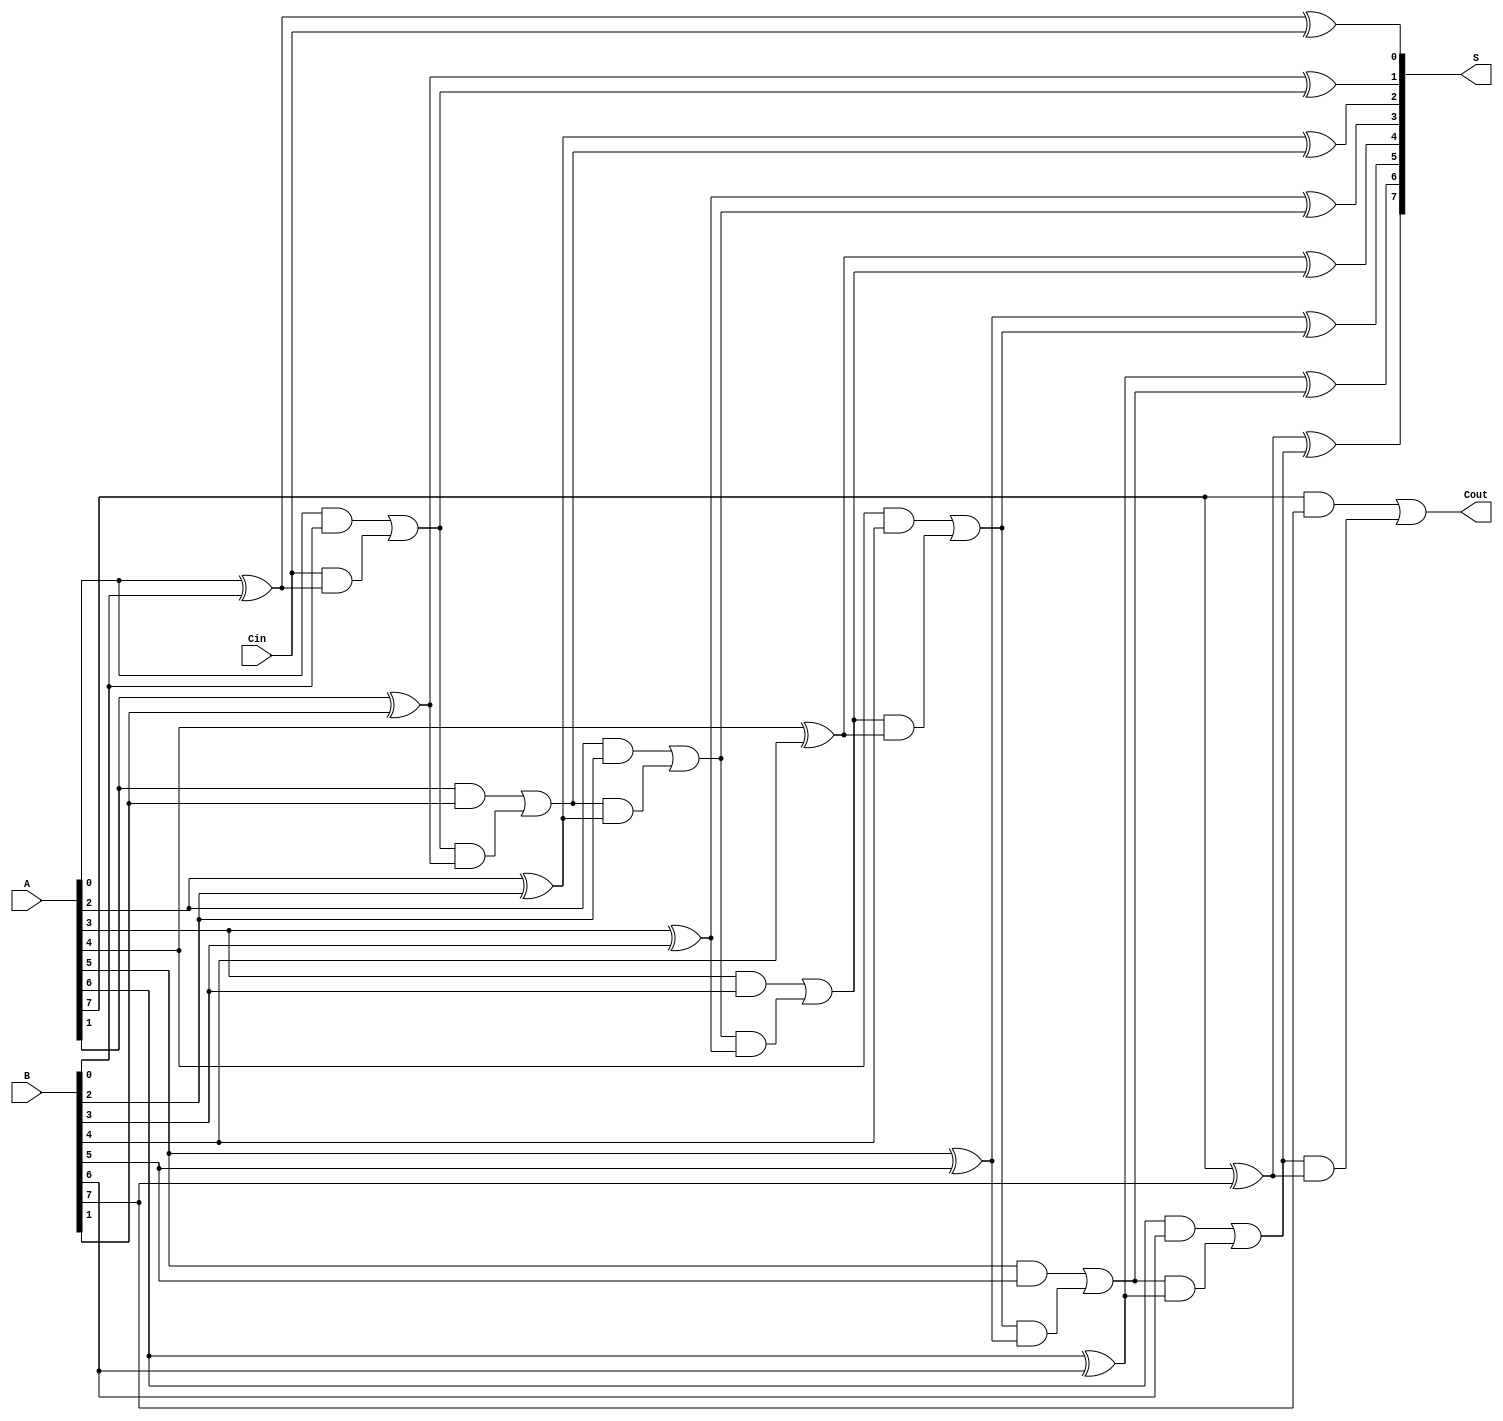
module LingAdder #(parameter n = 8) (
    input  wire [n-1:0] A,    // First n-bit binary number
    input  wire [n-1:0] B,    // Second n-bit binary number
    input  wire Cin,          // Carry-in bit
    output wire [n-1:0] S,    // n-bit sum output
    output wire Cout          // Carry-out bit
);

    wire [n:0] C; // Carry bits, C[0] is the carry-in, C[n] is the final carry-out

    // Assign the initial carry-in
    assign C[0] = Cin;

    // Generate carry and sum for each bit
    genvar i;
    generate
        for (i = 0; i < n; i = i + 1) begin : adder_stage
            // Carry generation
            assign C[i + 1] = (A[i] & B[i]) | (C[i] & (A[i] ^ B[i]));
            // Sum calculation
            assign S[i] = A[i] ^ B[i] ^ C[i];
        end
    endgenerate

    // Final carry-out
    assign Cout = C[n];

endmodule